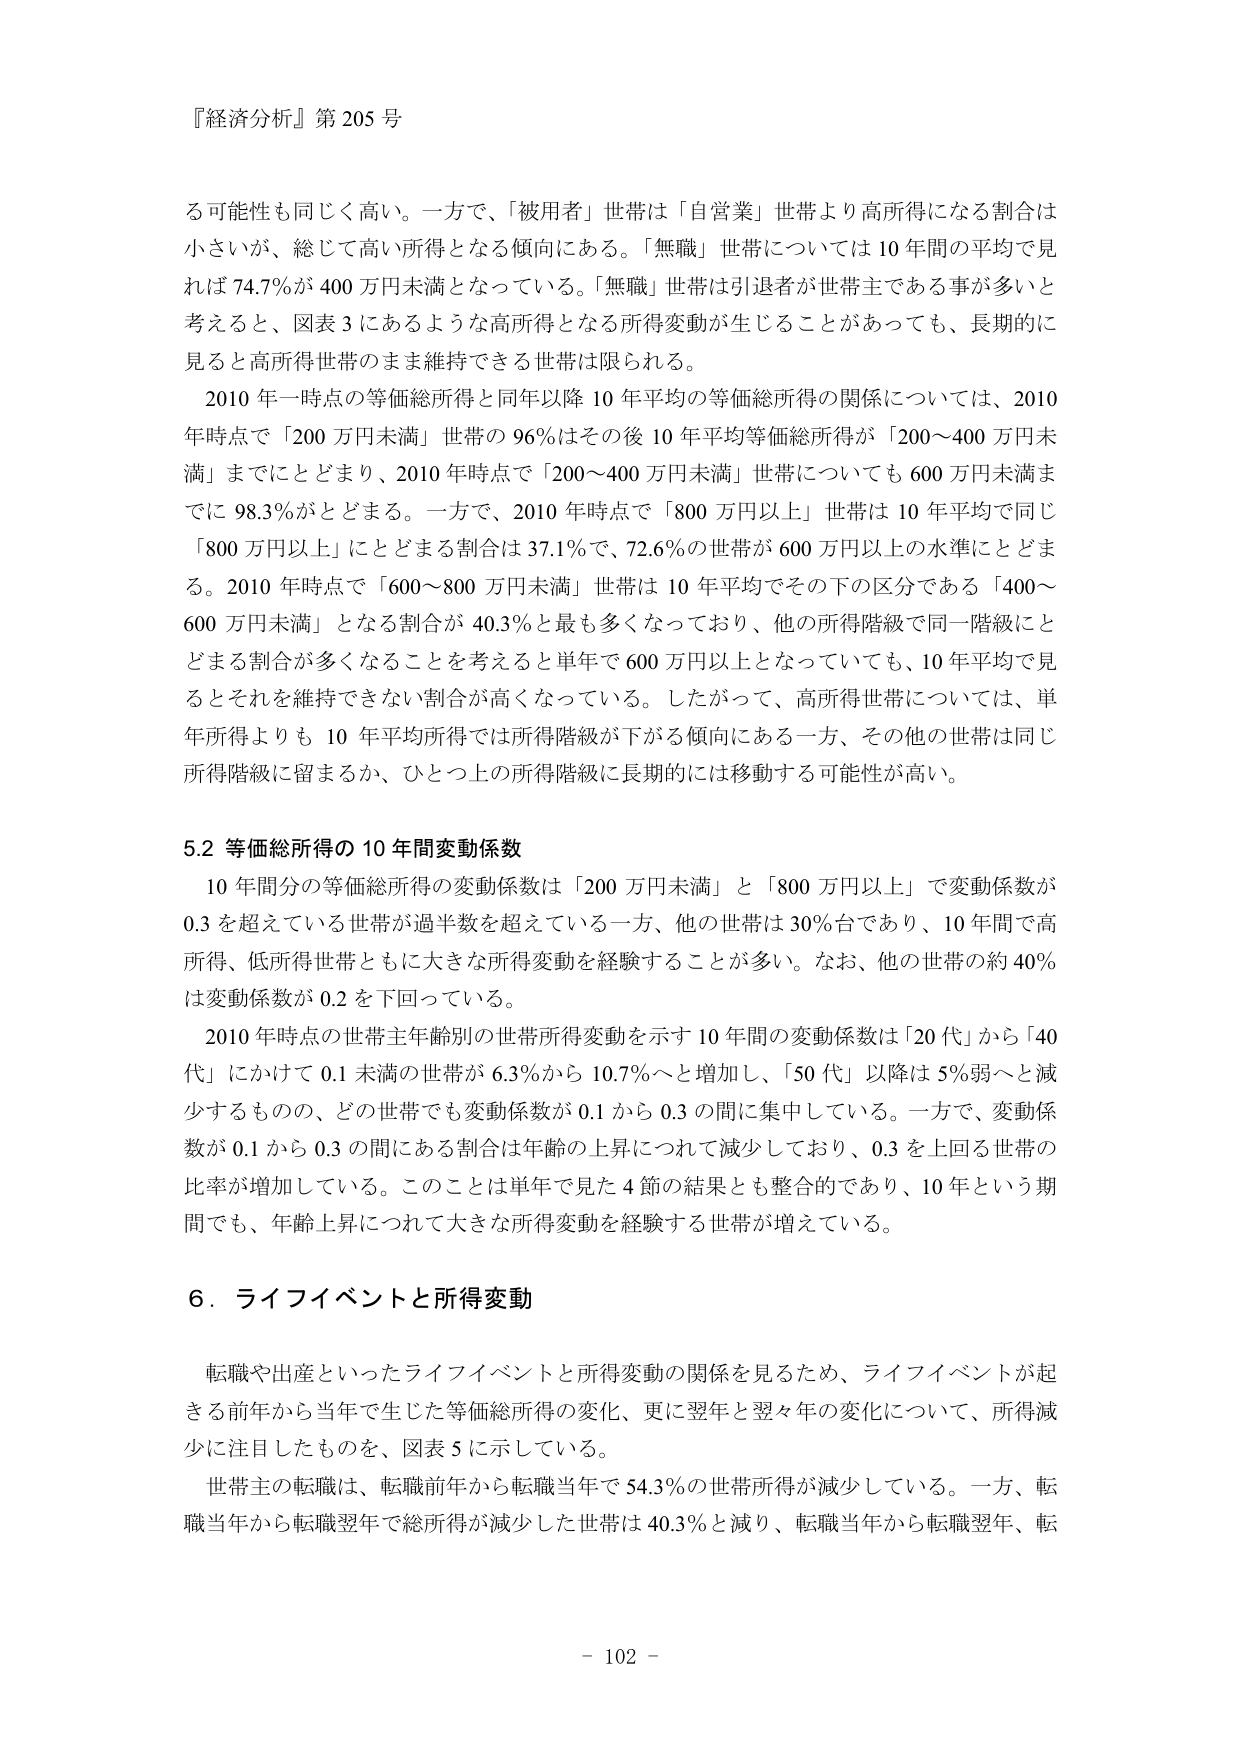
『経済分析』第205号

る可能性も同じく高い。一方で、「被用者」世帯は「自営業」世帯より高所得になる割合は小さいが、総じて高い所得となる傾向にある。「無職」世帯については10年間の平均で見れば74.7％が400万円未満となっている。「無職」世帯は引退者が世帯主である事が多いと考えると、図表3にあるような高所得となる所得変動が生じることがあっても、長期的に見ると高所得世帯のまま維持できる世帯は限られる。

2010年一時点の等価総所得と同年以降10年平均の等価総所得の関係については、2010年時点で「200万円未満」世帯の96％はその後10年平均等価総所得が「200～400万円未満」までにとどまり、2010年時点で「200～400万円未満」世帯についても600万円未満までに98.3％がとどまる。一方で、2010年時点で「800万円以上」世帯は10年平均で同じ「800万円以上」にとどまる割合は37.1％で、72.6％の世帯が600万円以上の水準にとどまる。2010年時点で「600～800万円未満」世帯は10年平均でその下の区分である「400～600万円未満」となる割合が40.3％と最も多くなっており、他の所得階級で同一階級にとどまる割合が多くなることを考えると単年で600万円以上となっていても、10年平均で見るとそれを維持できない割合が高くなっている。したがって、高所得世帯については、単年所得よりも10年平均所得では所得階級が下がる傾向にある一方、その他の世帯は同じ所得階級に留まるか、ひとつ上の所得階級に長期的には移動する可能性が高い。

5.2 等価総所得の10年間変動係数

10年間分の等価総所得の変動係数は「200万円未満」と「800万円以上」で変動係数が0.3を超えている世帯が過半数を超えている一方、他の世帯は30％台であり、10年間で高所得、低所得世帯ともに大きな所得変動を経験することが多い。なお、他の世帯の約40％は変動係数が0.2を下回っている。

2010年時点の世帯主年齢別の世帯所得変動を示す10年間の変動係数は「20代」から「40代」にかけて0.1未満の世帯が6.3％から10.7％へと増加し、「50代」以降は5％弱へと減少するものの、どの世帯でも変動係数が0.1から0.3の間に集中している。一方で、変動係数が0.1から0.3の間にある割合は年齢の上昇につれて減少しており、0.3を上回る世帯の比率が増加している。このことは単年で見た4節の結果とも整合的であり、10年という期間でも、年齢上昇につれて大きな所得変動を経験する世帯が増えている。

6．ライフイベントと所得変動

転職や出産といったライフイベントと所得変動の関係を見るため、ライフイベントが起きる前年から当年で生じた等価総所得の変化、更に翌年と翌々年の変化について、所得減少に注目したものを、図表5に示している。

世帯主の転職は、転職前年から転職当年で54.3％の世帯所得が減少している。一方、転職当年から転職翌年で総所得が減少した世帯は40.3％と減り、転職当年から転職翌年、転

- 102 -